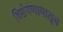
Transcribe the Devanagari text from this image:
विशेषणापासून